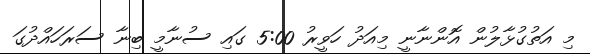
މި އަތުގުޅާލުން އޮންނާނީ މިއަދު ހަވީރު 5:00 ގައި ސުނާމީ ބިނާ ސަރަހައްދުގަ